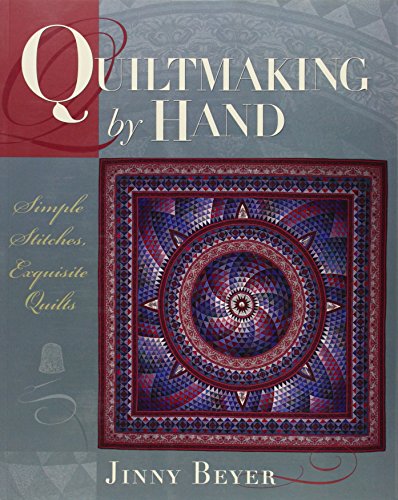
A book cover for Quiltmaking by Hand: Simple Stitches, Exquisite Quilts; Jinny Beyer; Crafts, Hobbies & Home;